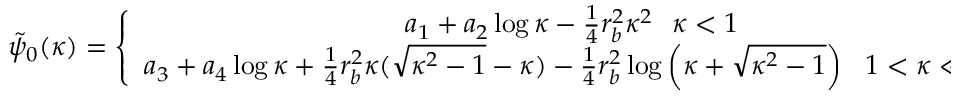
\begin{array} { r } { \tilde { \psi } _ { 0 } ( \kappa ) = \left\{ \begin{array} { c } { a _ { 1 } + a _ { 2 } \log \kappa - \frac { 1 } { 4 } r _ { b } ^ { 2 } \kappa ^ { 2 } ~ ~ \kappa < 1 } \\ { a _ { 3 } + a _ { 4 } \log \kappa + \frac { 1 } { 4 } r _ { b } ^ { 2 } \kappa ( \sqrt { \kappa ^ { 2 } - 1 } - \kappa ) - \frac { 1 } { 4 } r _ { b } ^ { 2 } \log \left( \kappa + \sqrt { \kappa ^ { 2 } - 1 } \right) ~ ~ 1 < \kappa \ll \infty } \end{array} \right. , } \end{array}